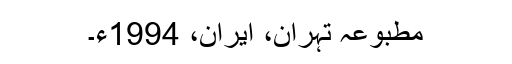
مطبوعہ تہران، ایران، 1994ء۔